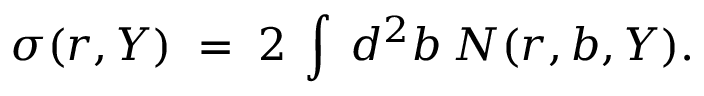
\sigma ( r , Y ) \; = \; 2 \: \int \: d ^ { 2 } b \: N ( r , b , Y ) .